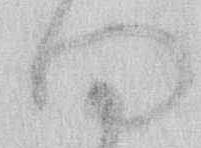
四